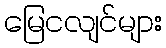
မြေငလျင်များ